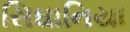
સિઘાનિયા